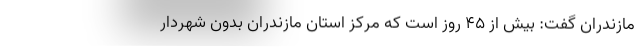
مازندران گفت: بیش از ۴۵ روز است که مرکز استان مازندران بدون شهردار